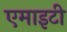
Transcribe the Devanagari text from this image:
एमाइटी